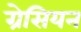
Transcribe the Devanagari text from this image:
ग्रेसियन